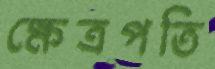
ক্ষেত্রপতি